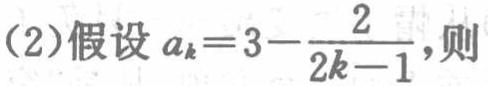
(2)假设\(a_{k}=3 - \frac{2}{2k - 1}\)，则